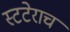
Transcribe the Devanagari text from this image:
स्टटेराच